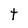
Character: t